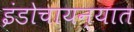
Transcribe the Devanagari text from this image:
इंडोचायन्यात